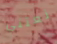
نعتني